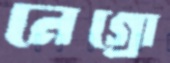
নেগ্রো